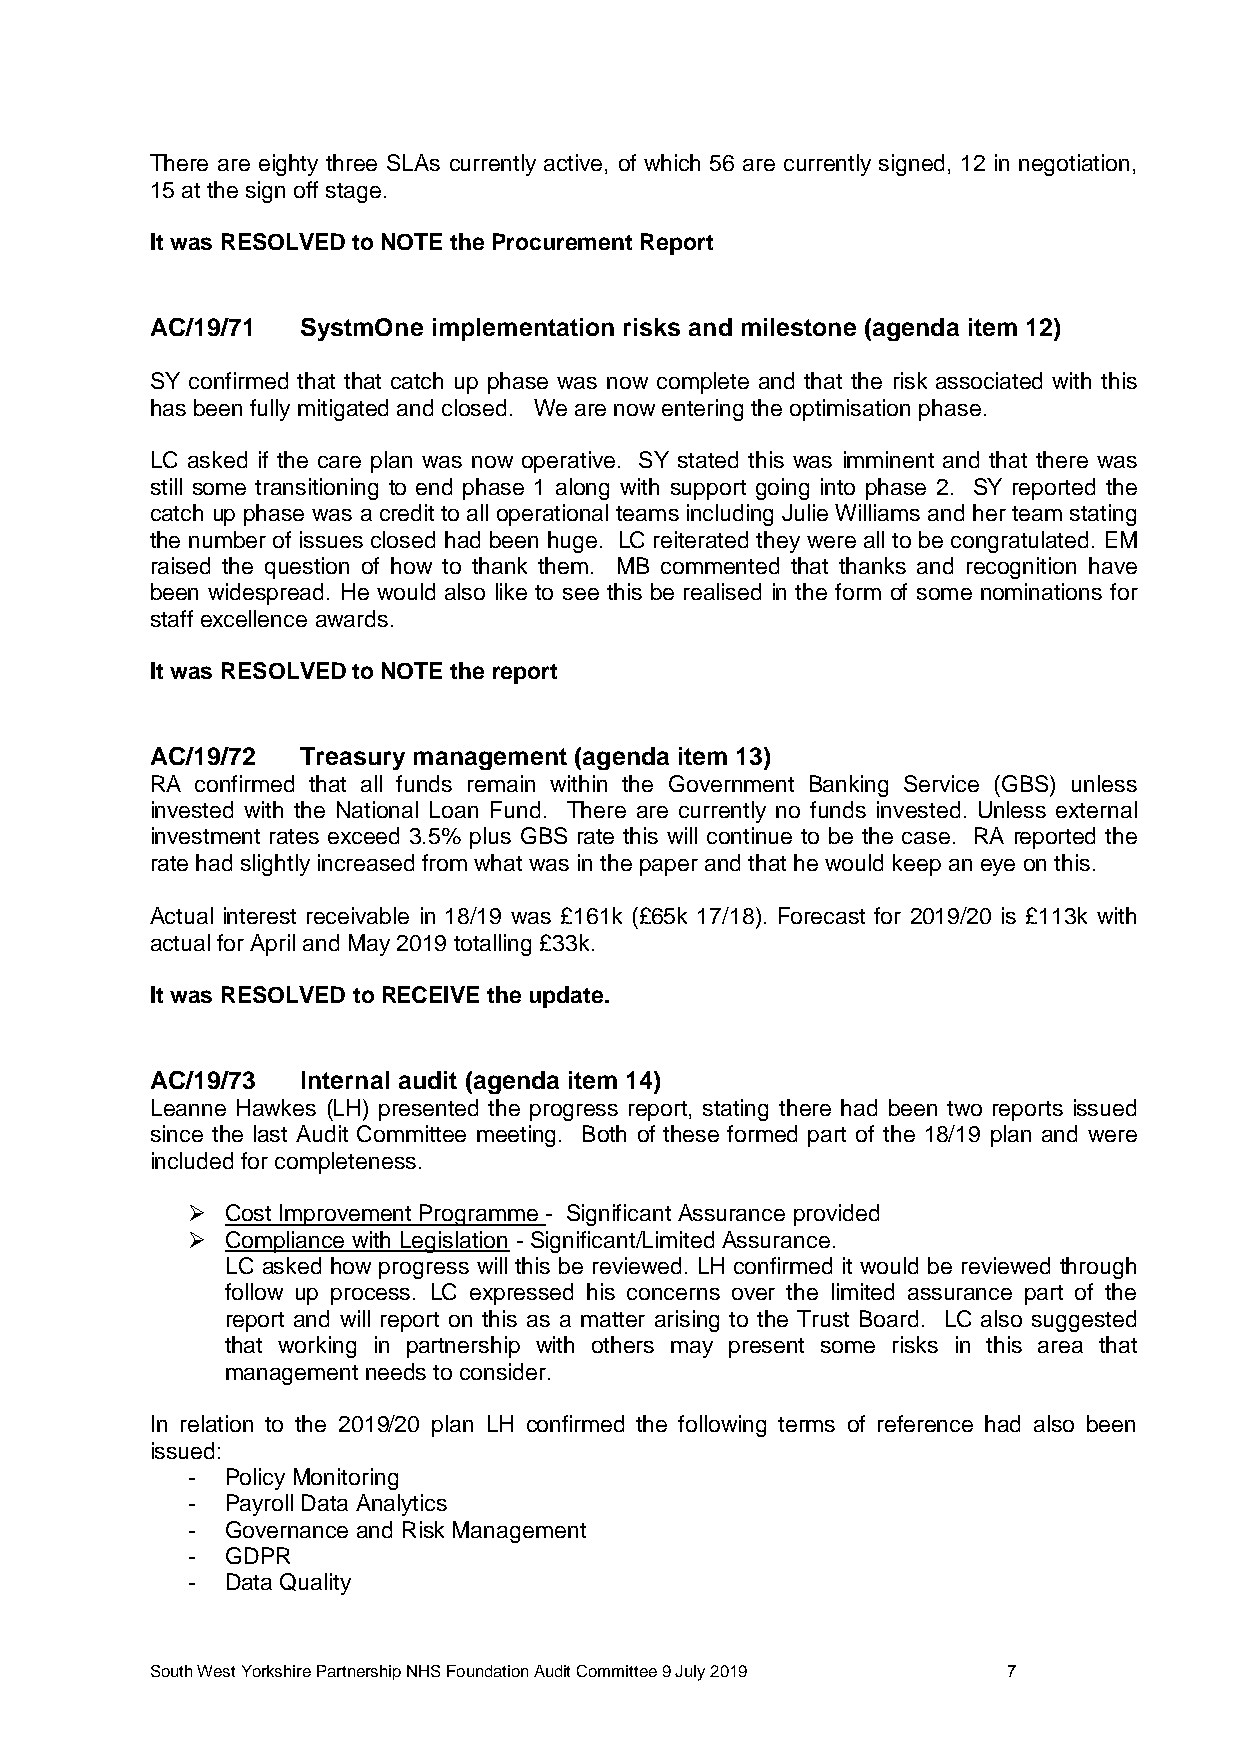
There are eighty three SLAs currently active, of which 56 are currently signed, 12 in negotiation,
 15 at the sign off stage.
 It was RESOLVED to NOTE the Procurement Report
 AC/19/71  SystmOne implementation risks and milestone (agenda item 12)
 SY confirmed that that catch up phase was now complete and that the risk associated with this
 has been fully mitigated and closed. We are now entering the optimisation phase.
 LC asked if the care plan was now operative. SY stated this was imminent and that there was
 still some transitioning to end phase 1 along with support going into phase 2. SY reported the
 catch up phase was a credit to all operational teams including Julie Williams and her team stating
 the number of issues closed had been huge. LC reiterated they were all to be congratulated. EM
 raised the question of how to thank them. MB commented that thanks and recognition have
 been widespread. He would also like to see this be realised in the form of some nominations for
 staff excellence awards.
 It was RESOLVED to NOTE the report
 AC/19/72  Treasury management (agenda item 13)
 RA confirmed that all funds remain within the Government Banking Service (GBS) unless
 invested with the National Loan Fund. There are currently no funds invested. Unless external
 investment rates exceed 3.5% plus GBS rate this will continue to be the case. RA reported the
 rate had slightly increased from what was in the paper and that he would keep an eye on this.
 Actual interest receivable in 18/19 was £161k (£65k 17/18). Forecast for 2019/20 is £113k with
 actual for April and May 2019 totalling £33k.
 It was RESOLVED to RECEIVE the update.
 AC/19/73  Internal audit (agenda item 14)
 Leanne Hawkes (LH) presented the progress report, stating there had been two reports issued
 since the last Audit Committee meeting. Both of these formed part of the 18/19 plan and were
 included for completeness.
   Cost Improvement Programme - Significant Assurance provided
   Compliance with Legislation - Significant/Limited Assurance.
 LC asked how progress will this be reviewed. LH confirmed it would be reviewed through
 follow up process. LC expressed his concerns over the limited assurance part of the
 report and will report on this as a matter arising to the Trust Board. LC also suggested
 that working in partnership with others may present some risks in this area that
 management needs to consider.
 In relation to the 2019/20 plan LH confirmed the following terms of reference had also been
 issued:
 -  Policy Monitoring
 -  Payroll Data Analytics
 -  Governance and Risk Management
 -  GDPR
 -  Data Quality
 South West Yorkshire Partnership NHS Foundation Audit Committee 9 July 2019 7